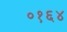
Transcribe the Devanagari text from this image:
०१६४